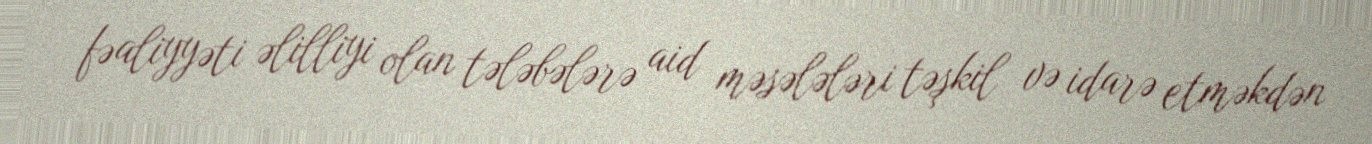
fəaliyyəti əlilliyi olan tələbələrə aid məsələləri təşkil və idarə etməkdən